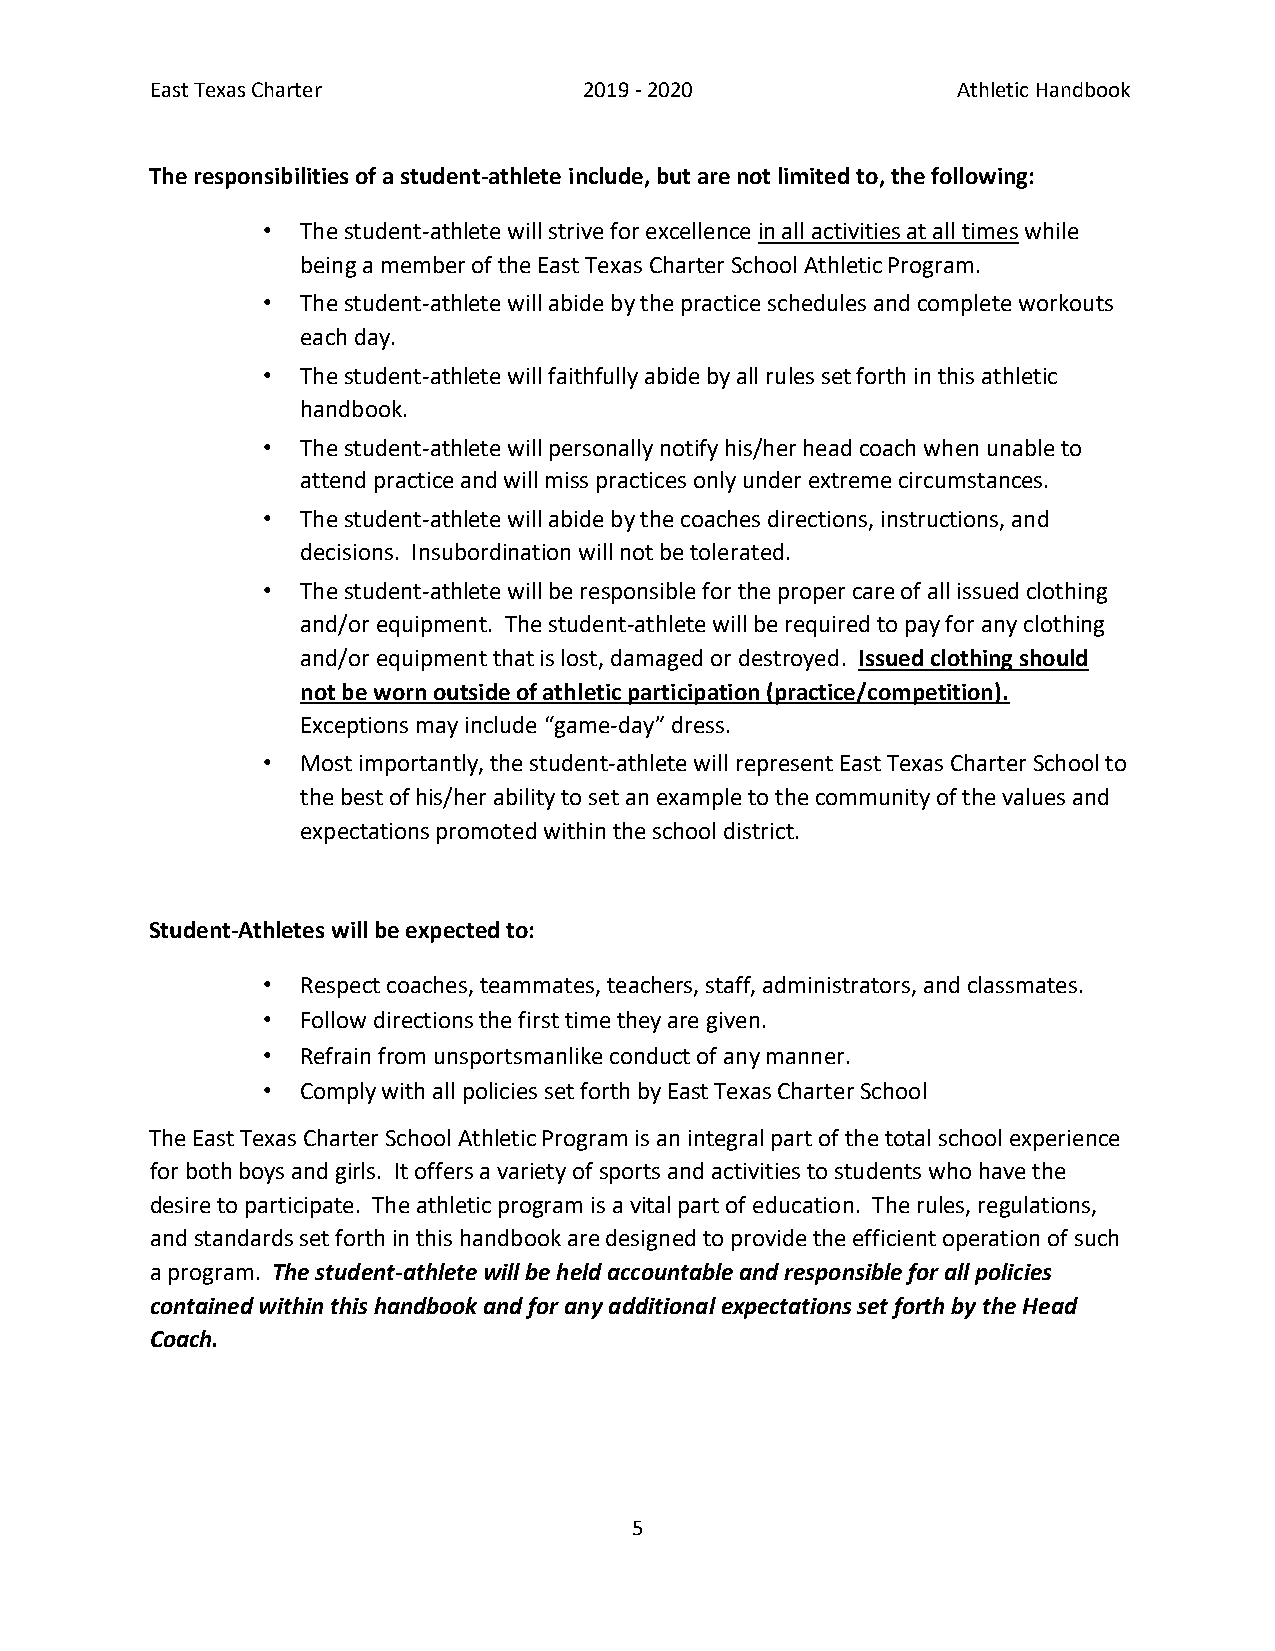
East Texas Charter           2019 - 2020             Athletic Handbook
 The responsibilities of a student-athlete include, but are not limited to, the following:
 •  The student-athlete will strive for excellence in all activities at all times while
 being a member of the East Texas Charter School Athletic Program.
 •  The student-athlete will abide by the practice schedules and complete workouts
 each day.
 •  The student-athlete will faithfully abide by all rules set forth in this athletic
 handbook.
 •  The student-athlete will personally notify his/her head coach when unable to
 attend practice and will miss practices only under extreme circumstances.
 •  The student-athlete will abide by the coaches directions, instructions, and
 decisions. Insubordination will not be tolerated.
 •  The student-athlete will be responsible for the proper care of all issued clothing
 and/or equipment. The student-athlete will be required to pay for any clothing
 and/or equipment that is lost, damaged or destroyed. Issued clothing should
 not be worn outside of athletic participation (practice/competition).
 Exceptions may include “game-day” dress.
 •  Most importantly, the student-athlete will represent East Texas Charter School to
 the best of his/her ability to set an example to the community of the values and
 expectations promoted within the school district.
 Student-Athletes will be expected to:
 •  Respect coaches, teammates, teachers, staff, administrators, and classmates.
 •  Follow directions the first time they are given.
 •  Refrain from unsportsmanlike conduct of any manner.
 •  Comply with all policies set forth by East Texas Charter School
 The East Texas Charter School Athletic Program is an integral part of the total school experience
 for both boys and girls. It offers a variety of sports and activities to students who have the
 desire to participate. The athletic program is a vital part of education. The rules, regulations,
 and standards set forth in this handbook are designed to provide the efficient operation of such
 a program. The student-athlete will be held accountable and responsible for all policies
 contained within this handbook and for any additional expectations set forth by the Head
 Coach.
 5